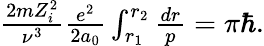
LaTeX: \begin{array}{r}{\frac{2mZ_{i}^{2}}{\nu^{3}}\frac{e^{2}}{2a_{0}}\int_{r_{1}}^{r_{2}}\frac{dr}{p}=\pi\hbar.}\end{array}